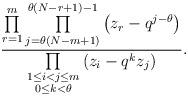
LaTeX: \begin{align*}\frac{\prod\limits_{r=1}^m{ \prod\limits_{j=\theta(N - m+1)}^{\theta(N-r+1)-1}{ \big(z_r - q^{j-\theta}\big) } }}{\prod\limits_{\substack{ 1\leq i < j\leq m \\ 0\leq k < \theta}}{(z_i - q^k z_j)}}.\end{align*}